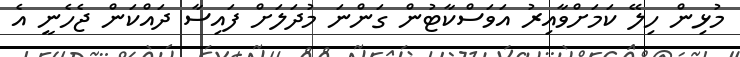
މުޅިން ހިލޭ ކަމަށްވާއިރު އަވަސްކާޓުން ގަންނަ މުދަލަށް ފައިސާ ދައްކަން ޖެހެނީ އެ